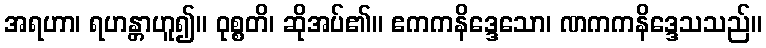
အရဟာ၊ ရဟန္တာဟူ၍။ ဝုစ္စတိ၊ ဆိုအပ်၏။ ဧကကနိဒ္ဒေသော၊ ဏကကနိဒ္ဒေသသည်။